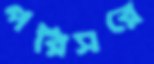
পরিসরে